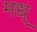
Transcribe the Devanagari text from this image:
मध्